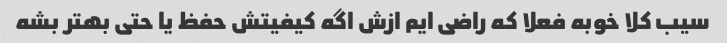
سیب کلا خوبه فعلا که راضی ایم ازش اگه کیفیتش حفظ یا حتی بهتر بشه